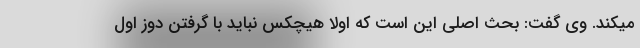
میکند. وی گفت: بحث اصلی این است که اولا هیچکس نباید با گرفتن دوز اول